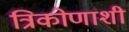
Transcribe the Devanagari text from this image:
त्रिकोणाशी